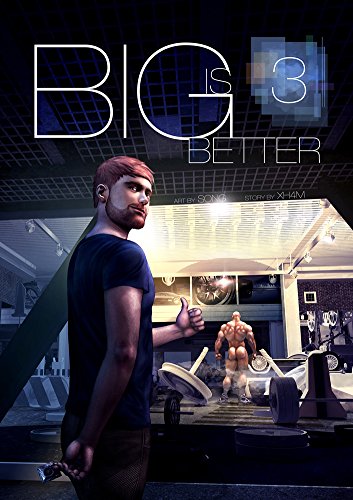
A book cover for Big Is Better 3; Xh4m; Comics & Graphic Novels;